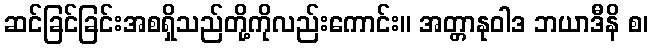
ဆင်ခြင်ခြင်းအစရှိသည်တို့ကိုလည်းကောင်း။ အတ္တာနုဝါဒ ဘယာဒီနိ စ၊